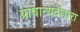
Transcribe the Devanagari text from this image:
प्राधान्यदेणारा